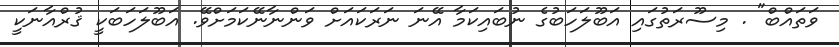
ވަތައްބް" . މިސޫރަތުގައި އަބޫލަހަބުގެ ނުބައިކަމާ އޭނަ ނަރަކައަށް ވަންނާނޭކަމަށްވޭ. އަބޫލަހަބަކީ ޤުރްއާނަކީ